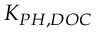
K _ { P H , D O C }